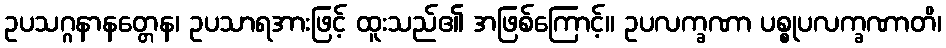
ဥပသဂ္ဂနာနတ္တေန၊ ဥပသာရအားဖြင့် ထူးသည်၏ အဖြစ်ကြောင့်။ ဥပလက္ခဏာ ပစ္စုပလက္ခဏာတိ၊